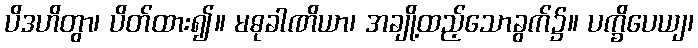
ပိဒဟိတွာ၊ ပိတ်ထား၍။ မဓုခါဏိယာ၊ အချို့ထည့်သောခွက်၌။ ပက္ခိပေယျ၊